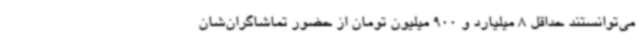
می‌توانستند حداقل 8 میلیارد و 900 میلیون تومان از حضور تماشاگران‌شان